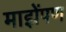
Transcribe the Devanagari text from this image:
माझेंपण